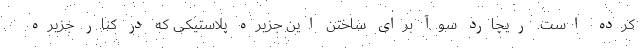
کرده است. ریچارد سوآ برای ساختن این جزیره پلاستیکی که در کنار جزیره